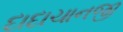
દાદાચાનજી